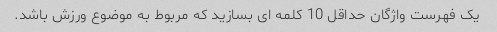
یک فهرست واژگان حداقل 10 کلمه ای بسازید که مربوط به موضوع ورزش باشد.